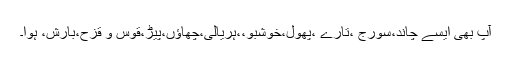
آپ بھی ایسے چاند،سورج ،تارے ،پھول،خوشبو،،ہریالی،چھاؤں،پیڑ،قوس و قزح،بارش، ہوا۔